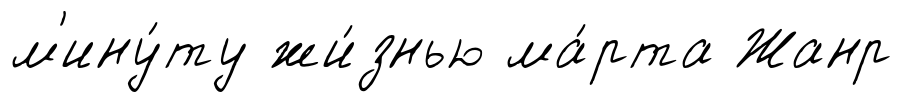
м'ину́ту жи́знью ма́рта Жанр